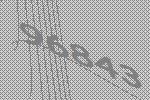
96843